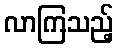
လာကြသည့်